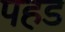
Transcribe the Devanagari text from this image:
पहड